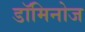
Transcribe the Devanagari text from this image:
डॉमिनोज